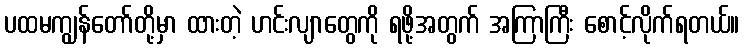
ပထမကျွန်တော်တို့မှာ ထားတဲ့ ဟင်းလျာတွေကို ရဖို့အတွက် အကြာကြီး စောင့်လိုက်ရတယ်။